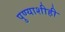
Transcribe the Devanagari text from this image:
पुण्याशीही